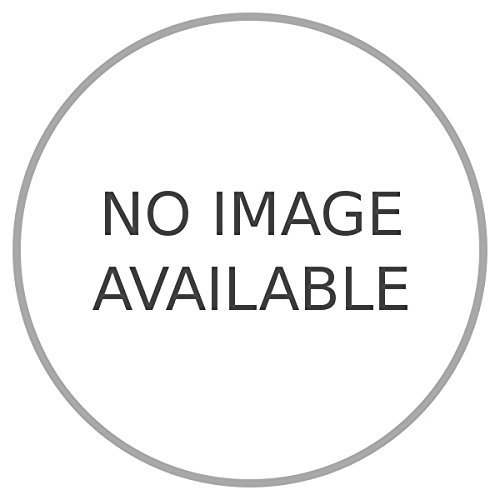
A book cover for Algeria : anno primo.; GIOVANDITTO Amilcare -; Travel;